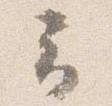
云